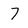
Character: 7